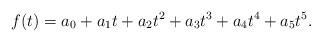
LaTeX: \begin{align*}f(t)=a_0+a_1t+a_2t^2+a_3t^3+a_4t^4+a_5t^5.\end{align*}